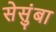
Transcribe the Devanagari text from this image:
सेसुंबा